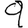
Digit: 9